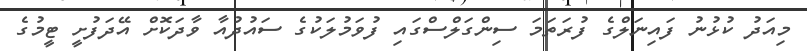
މިއަދު ކުޅުނު ފައިނަލްގެ ފުރަތަމަ ސިންގަލްސްގައި ފުވަމުލަކުގެ ސައުދުއާ ވާދަކޮށް އޭދަފުށީ ޓީމުގެ